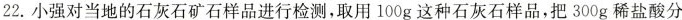
22.小强对当地的石灰石矿石样品进行检测，取用100g这种石灰石样品，把300g稀盐酸分